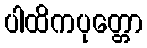
ပါထိကပုတ္တော